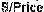
S/PRICE